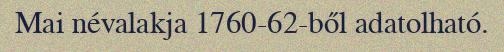
Mai névalakja 1760-62-ből adatolható.